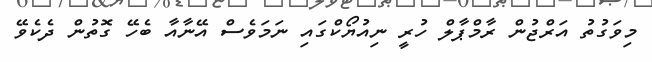
މިވަގުތު އަރްޖުން ރާމްޕާލް ހުރީ ނިއުޔޯކްގައި ނަމަވެސް އޭނާއާ ބެހޭ ގޮތުން ދެކެވޭ